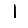
Digit: 1